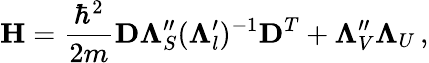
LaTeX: \mathbf H=\frac{\hbar^{2}}{2m}\mathbf D\mathbf\Lambda_{S}^{\prime\prime}(\mathbf\Lambda_{l}^{\prime})^{-1}\mathbf D^{T}+\mathbf\Lambda_{V}^{\prime\prime}\mathbf\Lambda_{U}\, ,